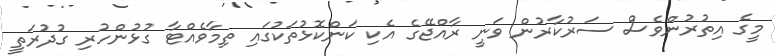
މީގެ އިތުރުންވެސް ސަރުކާރުން ވަނީ ރާއްޖޭގެ އެކި ކަންކޮޅުތަކުގައި ތިމާވެއްޓާ ގުޅުންހުރި ގުދުރަތީ